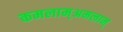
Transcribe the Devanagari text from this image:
कमलाम्अमलाम्